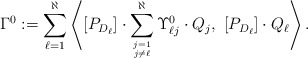
\begin{align*}\Gamma^0:=\sum_{\ell = 1}^\aleph\left\langle [P_{D_\ell}]\cdot\sum_{j=1 \atop j \neq \ell}^\aleph\Upsilon_{\ell j}^0\cdot Q_j, \ [P_{D_\ell}] \cdot Q_\ell\right\rangle.\end{align*}